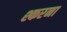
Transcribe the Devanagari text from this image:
श्करना